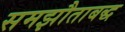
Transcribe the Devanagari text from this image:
समझौताबद्ध